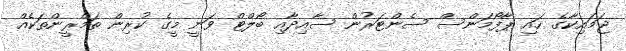
ޖަމައިކާގެ ހައި ޕާފޯމަންސް ސެންޓަރުން ސާއިދާއި ބޯލްޓް ވަނީ މީގެ ކުރިން ތަމްރީންތަކެއް